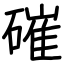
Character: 磪